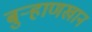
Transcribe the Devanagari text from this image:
बुर्‍हाणखान